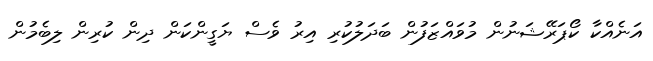
އަނެއްކާ ކޯޕަރޭޝަނުން މުވައްޒަފުން ބަދަލުކުރި އިރު ވެސް ޔަގީންކަން ދިން ކުރިން ލިބެމުން